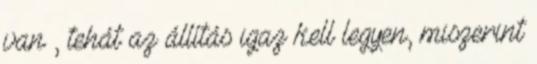
van , tehát az állítás igaz kell legyen, miszerint